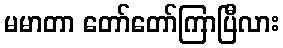
မမာတာ တော်တော်ကြာပြီလား